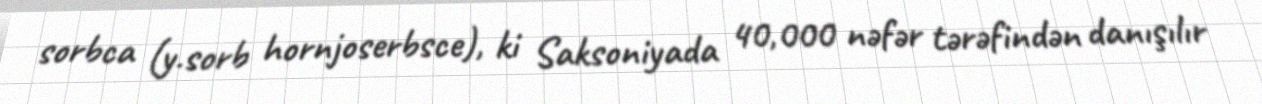
sorbca (y.sorb hornjoserbsce), ki Saksoniyada 40,000 nəfər tərəfindən danışılır